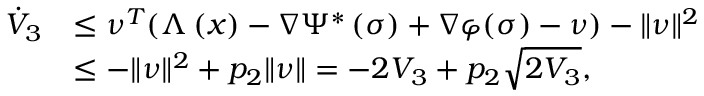
\begin{array} { r l } { \dot { V } _ { 3 } } & { \leq \boldsymbol { \nu } ^ { T } ( \Lambda \left( \boldsymbol { x } \right) - \nabla \Psi ^ { * } \left( \boldsymbol { \sigma } \right) + \nabla \varphi ( \boldsymbol { \sigma } ) - \boldsymbol { \nu } ) - \| \boldsymbol { \nu } \| ^ { 2 } } \\ & { \leq - \| \boldsymbol { \nu } \| ^ { 2 } + p _ { 2 } \| \boldsymbol { \nu } \| = - 2 V _ { 3 } + p _ { 2 } \sqrt { 2 V _ { 3 } } , } \end{array}